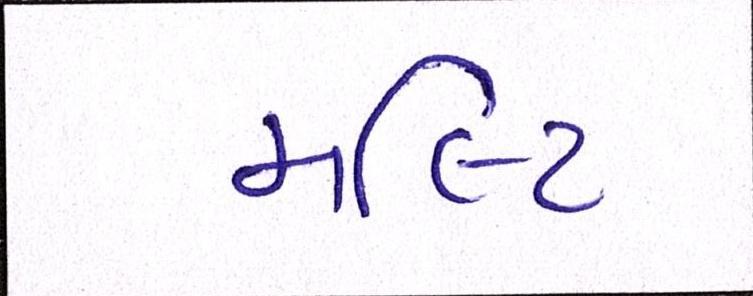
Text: મલ્ટિ